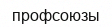
профсоюзы